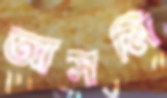
আসমি